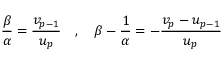
\frac { \beta } { \alpha } = \frac { v _ { p - 1 } } { u _ { p } } \quad , \quad \beta - \frac { 1 } { \alpha } = - \frac { v _ { p } - u _ { p - 1 } } { u _ { p } }